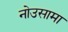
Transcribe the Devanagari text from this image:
नोउसामा